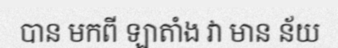
បាន មកពី ឡាតាំង វា មាន ន័យ